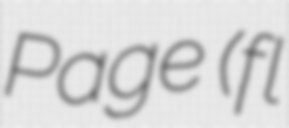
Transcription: Page (fl